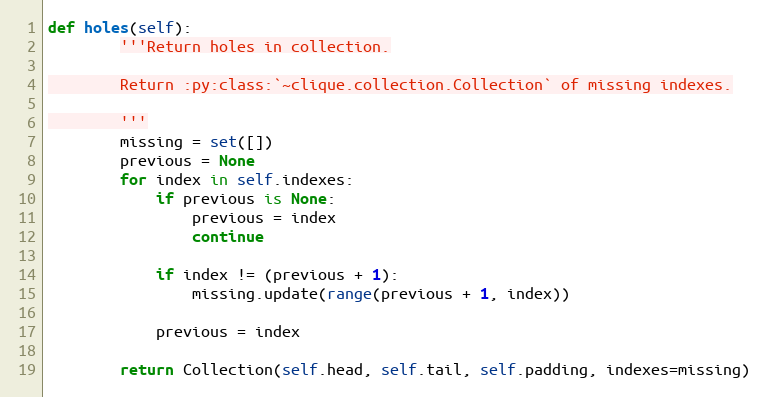
Language: Python
def holes(self):
        '''Return holes in collection.

        Return :py:class:`~clique.collection.Collection` of missing indexes.

        '''
        missing = set([])
        previous = None
        for index in self.indexes:
            if previous is None:
                previous = index
                continue

            if index != (previous + 1):
                missing.update(range(previous + 1, index))

            previous = index

        return Collection(self.head, self.tail, self.padding, indexes=missing)